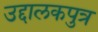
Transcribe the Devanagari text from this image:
उद्दालकपुत्र